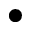
\bullet